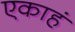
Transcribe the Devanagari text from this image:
एकाहं